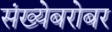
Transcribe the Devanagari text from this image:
संख्येबरोबर